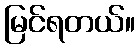
မြင်ရတယ်။